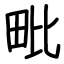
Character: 毗